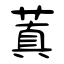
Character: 蒖